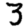
Digit: 3